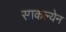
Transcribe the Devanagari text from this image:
साकल्येन